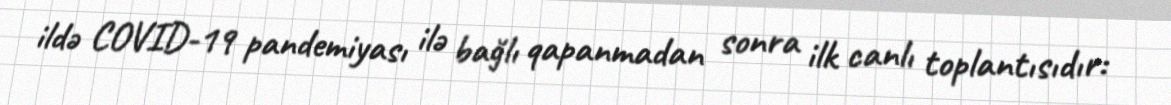
ildə COVID-19 pandemiyası ilə bağlı qapanmadan sonra ilk canlı toplantısıdır: